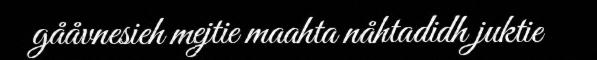
gååvnesieh mejtie maahta nåhtadidh juktie